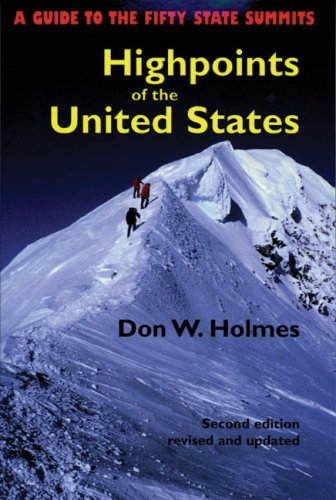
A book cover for Highpoints of the United States: A Guide to the Fifty State Summits; Don Holmes; Science & Math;